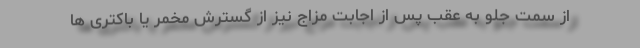
از سمت جلو به عقب پس از اجابت مزاج نیز از گسترش مخمر یا باکتری ها